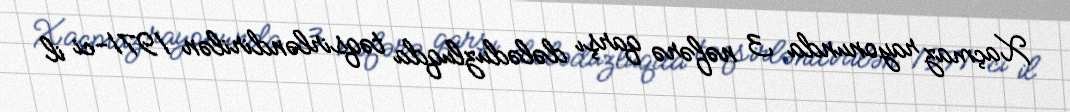
Xaçmaz rayonunda 3 nəfərə qarşı dələduzluqda təqsirləndirilən 1971-ci il